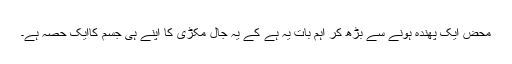
محض ایک پھندہ ہونے سے بڑھ کر اہم بات یہ ہے کے یہ جال مکڑی کا اپنے ہی جسم کاایک حصہ ہے۔